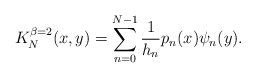
\begin{align*}K_N^{\beta=2}(x,y)=\sum_{n=0}^{N-1}\frac{1}{h_n}p_n(x)\psi_n(y).\end{align*}